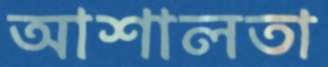
আশালতা